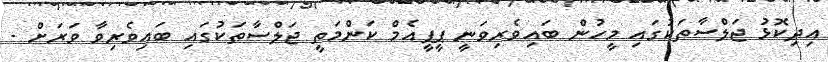
އިދިކޮޅު ޖަލްސާތަކުގައި މީހުން ބައިވެރިވަނީ ޕީޕީއެމް ކަންމަތީ ޖަލްސާތަކުގައި ބައިވެރިވާ ވަރަށް -